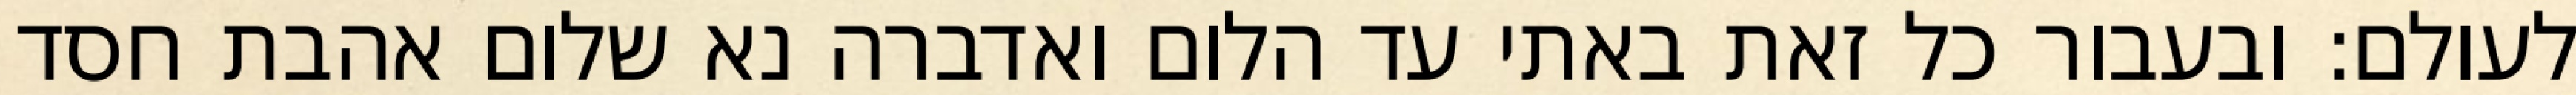
לעולם: ובעבור כל זאת באתי עד הלום ואדברה נא שלום אהבת חסד